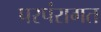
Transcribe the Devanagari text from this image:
परपंरागत